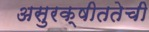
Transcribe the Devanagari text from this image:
असुरक्षीततेची